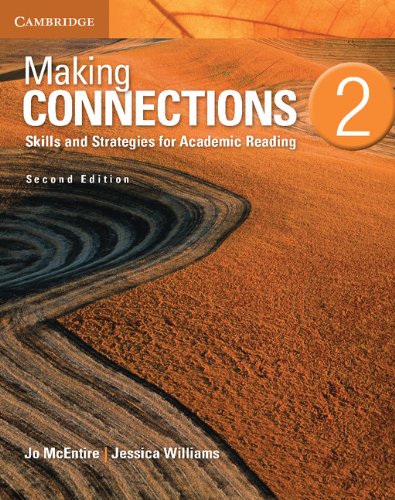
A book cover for Making Connections Level 2 Student's Book: Skills and Strategies for Academic Reading; Jo McEntire; Reference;